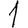
Digit: 1